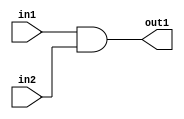
module ex01(in1, in2, out1);
	// Port  //    
	input in1, in2;  
	output out1;    
	wire in1, in2;  
	wire out1;	
	//  //   
	assign out1 = in1 & in2;
	// assign      
	// assign  wire 
endmodule